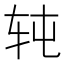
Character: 𰹸